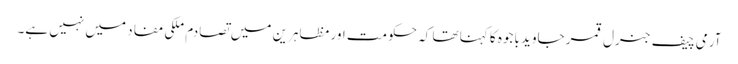
آرمی چیف جنرل قمر جاوید باجوہ کا کہنا تھا کہ حکومت اور مظاہرین میں تصادم ملکی مفاد میں نہیں ہے۔